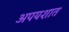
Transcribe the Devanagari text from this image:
अपयशात